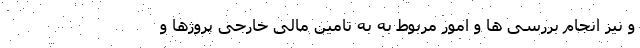
و نیز انجام بررسی ها و امور مربوط به به تامین مالی خارجی پروژها و